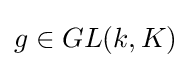
g\in GL(k,K)